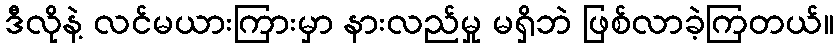
ဒီလိုနဲ့ လင်မယားကြားမှာ နားလည်မှု မရှိဘဲ ဖြစ်လာခဲ့ကြတယ်။